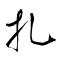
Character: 扎